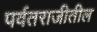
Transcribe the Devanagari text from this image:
पर्वतराजीतील